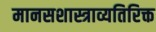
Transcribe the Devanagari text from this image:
मानसशास्त्राव्यतिरिक्त